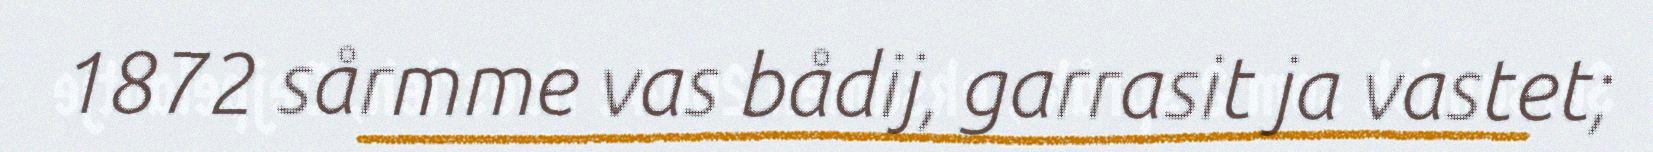
1872 sårmme vas bådij, garrasit ja vastet;